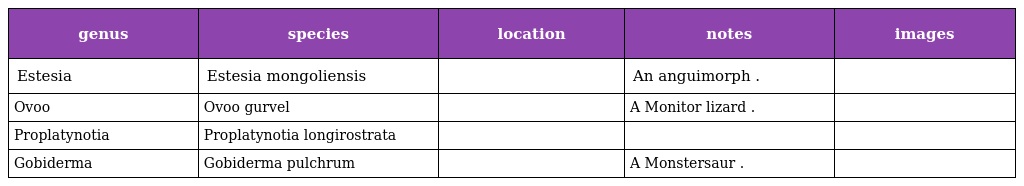
| genus | species | location | notes | images |
 | --- | --- | --- | --- | --- |
 | Estesia | Estesia mongoliensis |  | An anguimorph . |  |
 | Ovoo | Ovoo gurvel |  | A Monitor lizard . |  |
 | Proplatynotia | Proplatynotia longirostrata |  |  |  |
 | Gobiderma | Gobiderma pulchrum |  | A Monstersaur . |  |